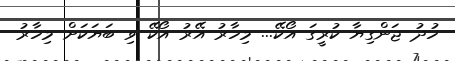
ހުދު ޖަންގިޔާ ކުރީގަ އޯކޭ... މިހާރު އޭރު އޯކޭ ވި ބަޔަކަށް މިހާރު